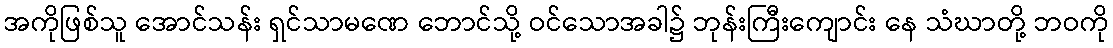
အကိုဖြစ်သူ အောင်သန်း ရှင်သာမဏေ ဘောင်သို့ ဝင်သောအခါ၌ ဘုန်းကြီးကျောင်း နေ သံဃာတို့ ဘဝကို